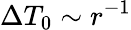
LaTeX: \Delta T_{0}\sim r^{-1}